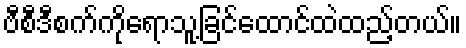
ဗီစီဒီစက်ကိုရောသူ့ခြင်ထောင်ထဲထည့်တယ်။